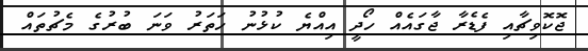
ޖޮކޮވިޗާއި ފެޑެރާ ޖާގައެއް ހޯދީ އިއްޔެ ކުޅުނު ހަތަރު ވަނަ ބުރުގެ މެޗުތައް